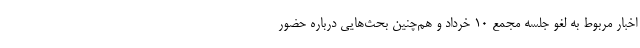
اخبار مربوط به لغو جلسه مجمع ۱۰ خرداد و هم‌چنین بحث‌هایی درباره حضور